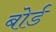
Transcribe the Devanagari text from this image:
बोर्ड